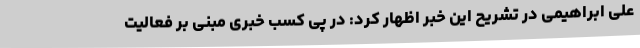
علی ابراهیمی در تشریح این خبر اظهار کرد: در پی کسب خبری مبنی بر فعالیت